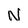
Character: N